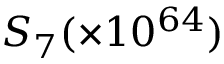
S _ { 7 } ( \times 1 0 ^ { 6 4 } )